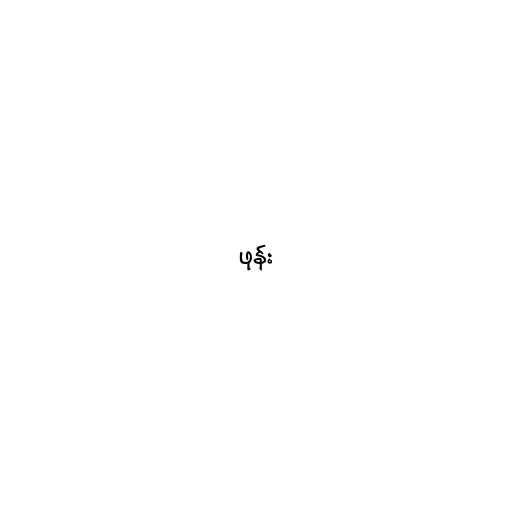
ဖုန်း